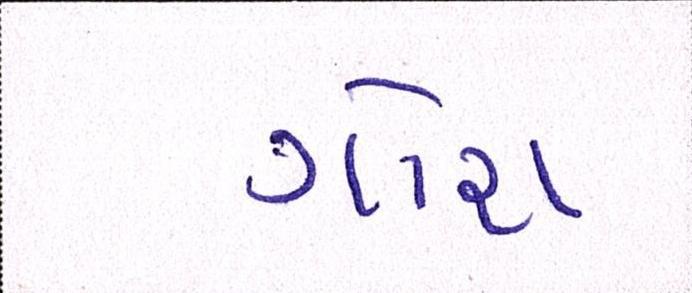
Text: ગોરા